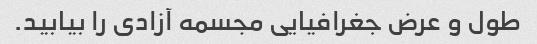
طول و عرض جغرافیایی مجسمه آزادی را بیابید.